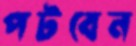
পটবেন